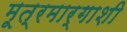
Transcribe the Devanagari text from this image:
मूत्रमार्गाशी